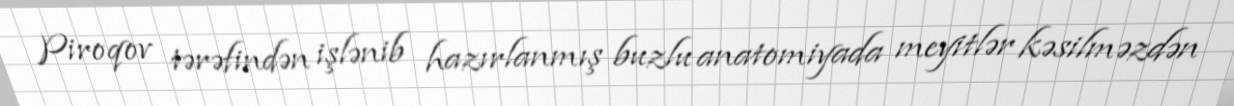
Piroqov tərəfindən işlənib hazırlanmış buzlu anatomiyada meyitlər kəsilməzdən